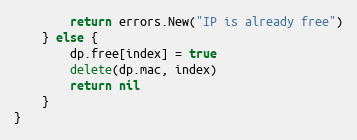
Language: Go
		return errors.New("IP is already free")
	} else {
		dp.free[index] = true
		delete(dp.mac, index)
		return nil
	}
}